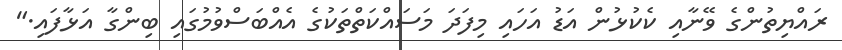
ރައްޔިތުންގެ ވޭނާއި ކެކުޅުން އަޑު އަހައި މިފަދަ މަސައްކަތްތަކުގެ އެއްބަސްވުމުގައި ބިންގާ އަޅާފައި."